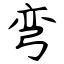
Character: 弯